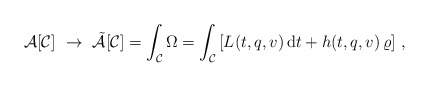
\begin{align*}{\cal A}[{\cal C}]\,\,\rightarrow\,\,\tilde{\cal A}[{\cal C}]=\int_{\cal C}\Omega=\int_{\cal C}\left[ L(t,q,v)\,\mbox{d}t+h(t,q,v)\,\varrho\right]\,,\end{align*}